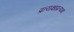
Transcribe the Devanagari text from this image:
प्रत्यक्षाप्रत्यक्ष